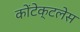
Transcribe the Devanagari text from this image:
कोंटेक्टलेस